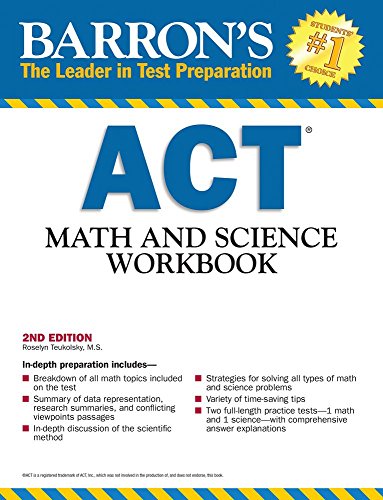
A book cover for Barron's ACT Math and Science Workbook, 2nd Edition (Barron's Act Math & Science Workbook); Roselyn Teukolsky M.S.; Test Preparation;